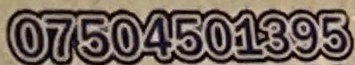
07504501395